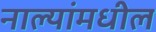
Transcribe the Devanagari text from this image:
नाल्यांमधील